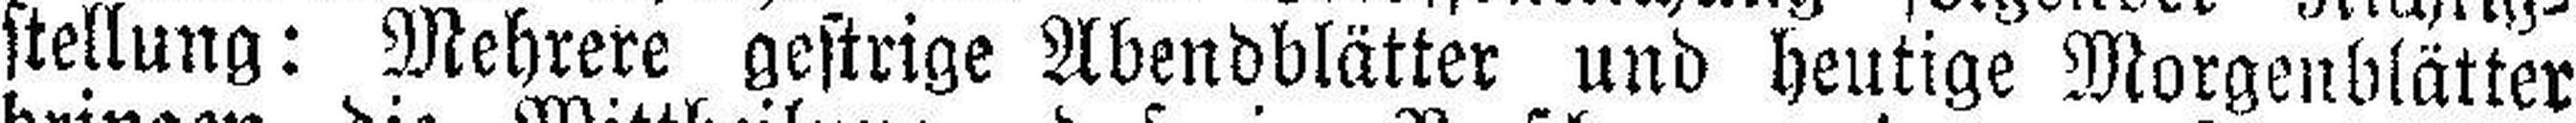
stellung: Mehrere gestrige Abendblätter und heutige Morgenblätter